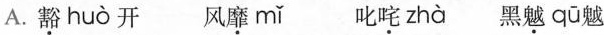
A.豁 huò 开 风靡 mǐ 叱咤 zhà 黑魃 qū 魃